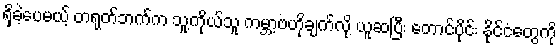
ရှိခဲ့ပေမယ့် တရုတ်ဘက်က သူ့ကိုယ်သူ ကမ္ဘာ့ဗဟိုချက်လို့ ယူဆပြီး တောင်ပိုင်း နိုင်ငံတွေကို